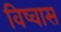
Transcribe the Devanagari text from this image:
विष्वास